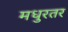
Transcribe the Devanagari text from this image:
मधुरतर